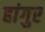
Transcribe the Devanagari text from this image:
हांगुर